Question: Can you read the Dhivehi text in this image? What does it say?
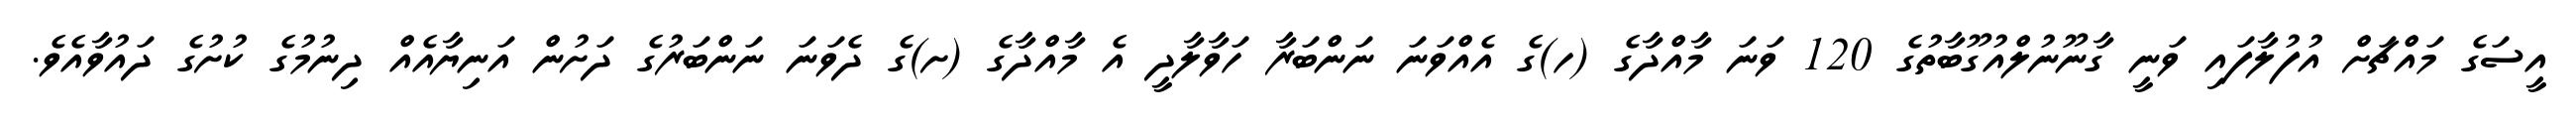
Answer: އީސަގެ މައްޗަށް އުފުލާފައި ވަނީ ގާނޫނުލްއުގޫބާތުގެ 120 ވަނަ މާއްދާގެ (ހ)ގެ އެއްވަނަ ނަންބަރާ ހަވާލާދީ އެ މާއްދާގެ (ށ)ގެ ދެވަނަ ނަންބަރުގެ ދަށުން އަނިޔާއެއް ދިނުމުގެ ކުށުގެ ދައުވާއެވެ.